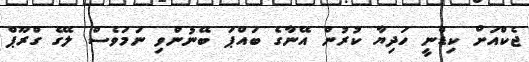
ޖެކްއަށް ކިޑްނީ ހަދިޔާ ކުރުން އޭނާގެ ބައްޕަ ބޭނުންވި ނަމަވެސް ލޭގެ ގްރޫޕް